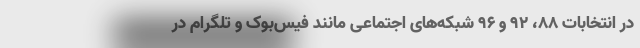
در انتخابات ۸۸، ۹۲ و ۹۶ شبکه‌های اجتماعی مانند فیس‌بوک و تلگرام در